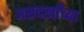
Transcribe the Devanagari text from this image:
असदखाँच्या